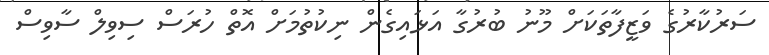
ސަރުކާރުގެ ވަޒީފާތަކަށް މޫނު ބުރުގާ އަޅައިގެން ނިކުތުމަށް އޮތް ހުރަސް ސިވިލް ސާވިސް